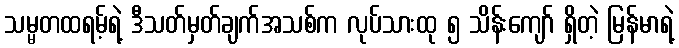
သမ္မတထရမ့်ရဲ့ ဒီသတ်မှတ်ချက်အသစ်က လုပ်သားထု ၅ သိန်းကျော် ရှိတဲ့ မြန်မာရဲ့